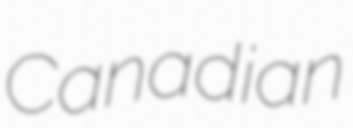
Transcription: Canadian